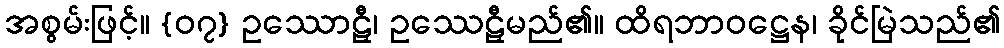
အစွမ်းဖြင့်။ {၀၇} ဥဿောဠှီ၊ ဥဿေဠှီမည်၏။ ထိရဘာဝဋ္ဌေန၊ ခိုင်မြဲသည်၏